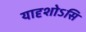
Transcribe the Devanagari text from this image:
यादृशोऽसि